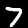
Label: 7